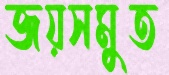
জয়সমুত